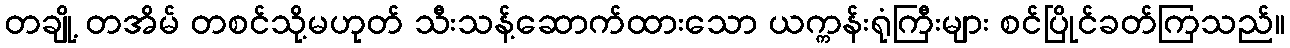
တချို့ တအိမ် တစင်သို့မဟုတ် သီးသန့်ဆောက်ထားသော ယက္ကန်းရုံကြီးများ စင်ပြိုင်ခတ်ကြသည်။